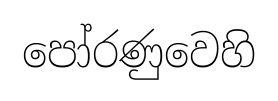
පෝරණුවෙහි